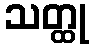
သတ္ထု